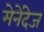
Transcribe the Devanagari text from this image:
मेनेंदेज